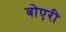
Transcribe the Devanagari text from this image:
बोएरी